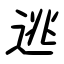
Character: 逃